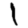
Digit: 1